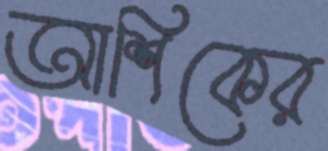
আশিকের